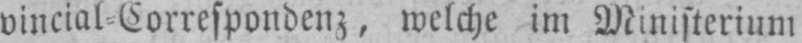
vincial⸗Correspondenz, welche im Ministerium